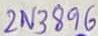
Text: 2N3896